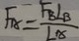
F _ { A } = \frac { F _ { B } L _ { B } } { L _ { A } }